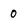
Character: 0